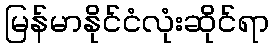
မြန်မာနိုင်ငံလုံးဆိုင်ရာ